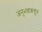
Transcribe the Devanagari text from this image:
अनुभवाकडून